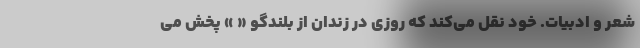
شعر و ادبیات. خود نقل می‌کند که روزی در زندان از بلندگو « » پخش می